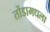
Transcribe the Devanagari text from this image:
तोंडामधला